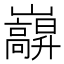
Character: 巐